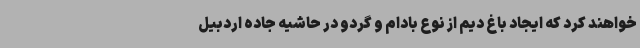
خواهند کرد که ایجاد باغ دیم از نوع بادام و گردو در حاشیه جاده اردبیل